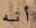
أنه